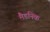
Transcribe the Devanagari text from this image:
मैडनिक